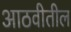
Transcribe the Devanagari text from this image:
आठवीतील